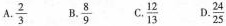
A.\frac{2}{3} B.\frac{8}{9} C.\frac{12}{13} D.\frac{24}{25}